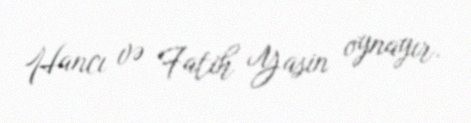
Hancı və Fatih Yasin oynayır.